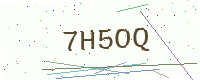
Text: 7H5OQ